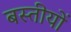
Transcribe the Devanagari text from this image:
बस्तीयों